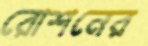
রোশনের